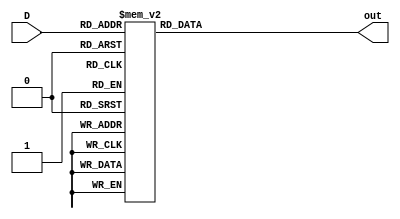
/*
Author: Spence Johnston
Module: BCD to seven-segment decoder
Purpose: BCD decoder for seven-segment display
*/

module bcd_decoder ( 
input [3:0] D,
output reg [6:0] out
);

always @ (D) 
begin
	case (D) 
		4'b0000 : out = 7'b1000000; 	//0
		4'b0001 : out = 7'b1111001;	//1
		4'b0010 : out = 7'b0100100;	//2
		4'b0011 : out = 7'b0110000;	//3
		4'b0100 : out = 7'b0011001;	//4
		4'b0101 : out = 7'b0010010;	//5
		4'b0110 : out = 7'b0000010;	//6
		4'b0111 : out = 7'b1111000;	//7
		4'b1000 : out = 7'b0000000;	//8
		4'b1001 : out = 7'b0010000;	//9
		
		default : out = 7'b1111111;	//blank
		
	endcase
end

endmodule